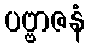
ပဗ္ဗာဇနံ